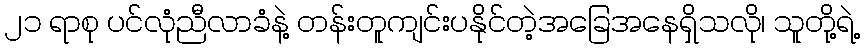
၂၁ ရာစု ပင်လုံညီလာခံနဲ့ တန်းတူကျင်းပနိုင်တဲ့အခြေအနေရှိသလို၊ သူတို့ရဲ့